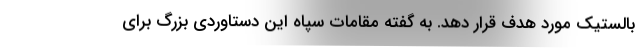
بالستیک مورد هدف قرار دهد. به گفته مقامات سپاه این دستاوردی بزرگ برای